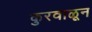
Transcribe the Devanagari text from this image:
कुरवाळून